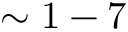
\sim 1 - 7